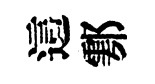
這鄠